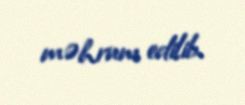
məhrum edilib.